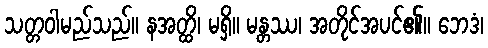
သတ္တဝါမည်သည်။ နအတ္ထိ၊ မရှိ။ မန္တဿ၊ အတိုင်အပင်၏။ ဘေဒံ၊